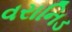
વરાનિડ